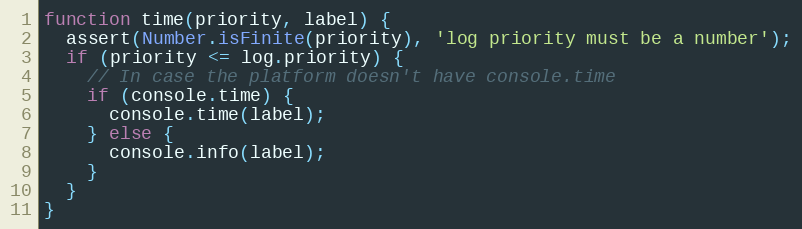
Language: JavaScript
function time(priority, label) {
  assert(Number.isFinite(priority), 'log priority must be a number');
  if (priority <= log.priority) {
    // In case the platform doesn't have console.time
    if (console.time) {
      console.time(label);
    } else {
      console.info(label);
    }
  }
}